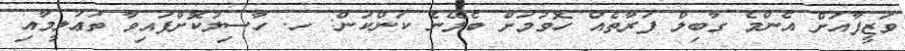
ވަޒީފާއަށް އެންމެ ގާބިލް ފަރާތެއް ހޮވުމަށް ބެލޭނެ ކަންކަން: ހ. ހާސިލުކޮށްފައިވާ ތަޢުލީމާއި